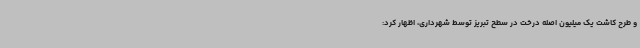
و طرح کاشت یک میلیون اصله درخت در سطح تبریز توسط شهرداری، اظهار کرد: